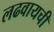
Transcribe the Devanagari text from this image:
लढवायची